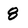
Character: 8